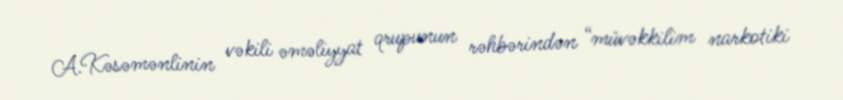
A.Kəsəmənlinin vəkili əməliyyat qrupunun rəhbərindən “müvəkkilim narkotiki